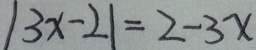
\vert 3 x - 2 \vert = 2 - 3 x